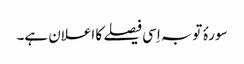
سورۂ توبہ اِسی فیصلے کا اعلان ہے۔